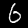
Digit: 6